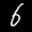
Label: 6